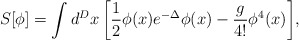
\begin{align*}S[\phi]=\int d^Dx\,\biggl[ \frac{1}{2}\phi(x)e^{-\Delta}\phi(x) -\frac{g}{4!}\phi^4(x)\biggr],\end{align*}